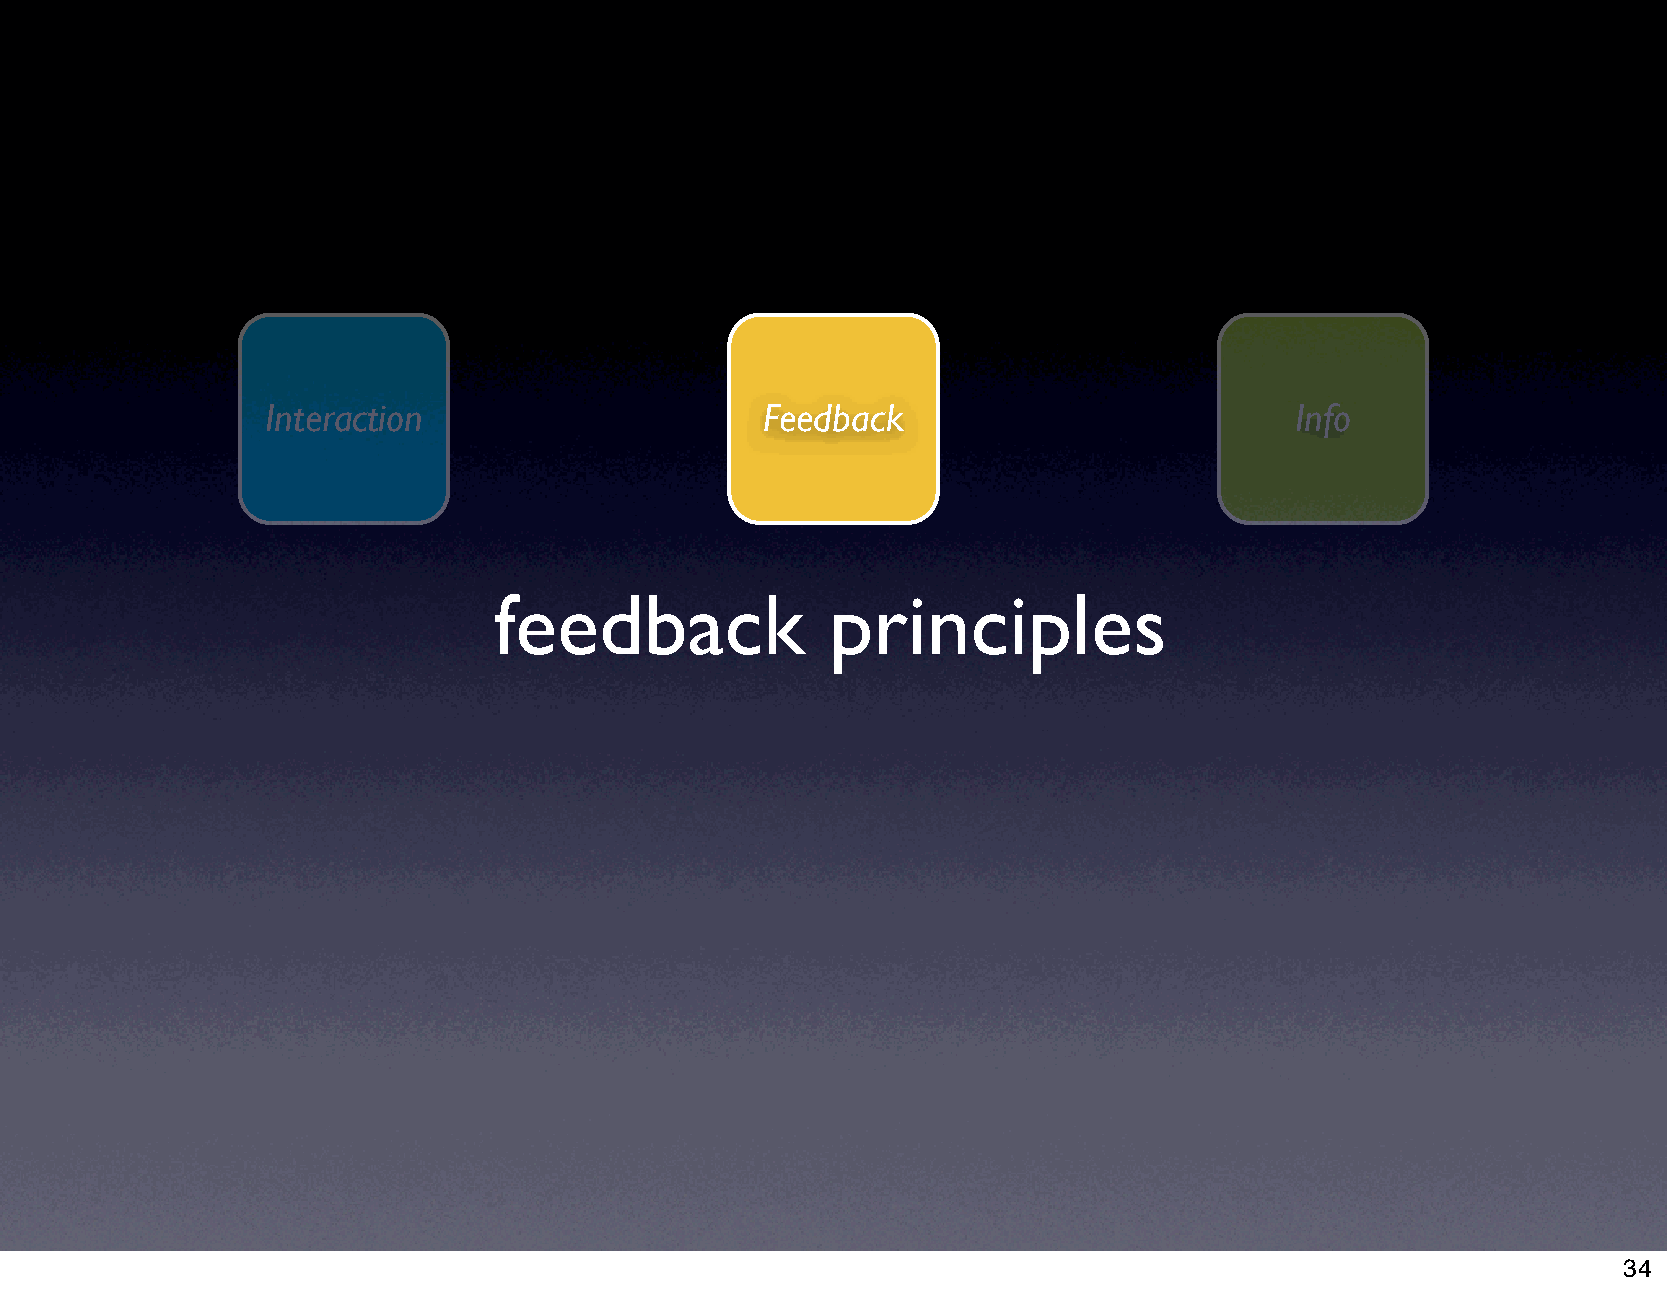
Interaction                      Feedback                           Info
 feedback              principles
 34